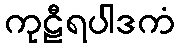
ကုဠီရပါဒကံ